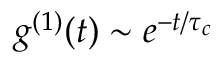
g ^ { ( 1 ) } ( t ) \sim e ^ { - t / \tau _ { c } }